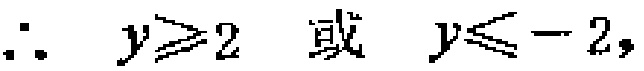
\(\therefore\ y\geqslant2\ 或\ y\leqslant -2,\)